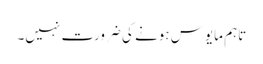
تاہم مایوس ہونے کی ضرورت نہیں۔